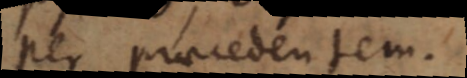
per praecedentem.